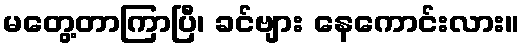
မတွေ့တာကြာပြီ၊ ခင်ဗျား နေကောင်းလား။